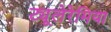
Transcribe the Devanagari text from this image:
ट्यूलेरेमिया